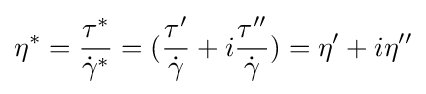
\eta ^{*}={\frac {\tau ^{*}}{{\dot {\gamma }}^{*}}}=({\frac {\tau '}{\dot {\gamma }}}+i{\frac {\tau ''}{\dot {\gamma }}})=\eta '+i\eta ''